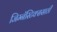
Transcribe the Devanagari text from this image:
जिम्नॅस्टिक्ससाठी